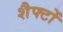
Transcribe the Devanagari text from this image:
शैफ्टों